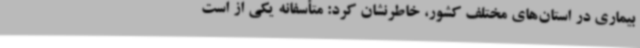
بیماری در استان‌های مختلف کشور، خاطرنشان کرد: متأسفانه یکی از است